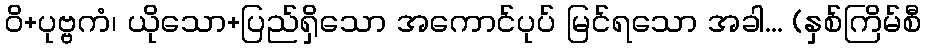
ဝိ+ပုဗ္ဗကံ၊ ယိုသော+ပြည်ရှိသော အကောင်ပုပ် မြင်ရသော အခါ... (နှစ်ကြိမ်စီ